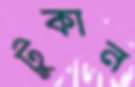
টুকান